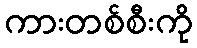
ကားတစ်စီးကို